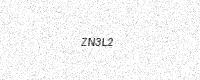
Text: ZN3L2